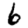
Digit: 6